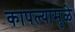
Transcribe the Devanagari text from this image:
कापल्यामुळे